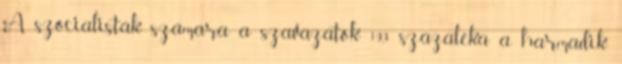
A szocialisták számára a szavazatok 19,3 százaléka a harmadik